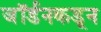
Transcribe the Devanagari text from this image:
जॉर्डनकडून